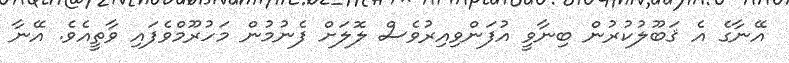
އޭނާގެ އެ ޤަބޫލުކުރުން ބިނާވީ އުފަންވިއިރުވެސް ލޮލަށް ފެނުމުން މަހުރޫމްވެފައި ވާތީއެވެ. އޭނާ